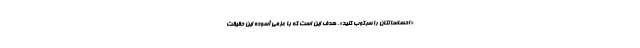
«احساساتتان را سرکوب کنید». هدف این است که با عزمی آسوده این حقیقت